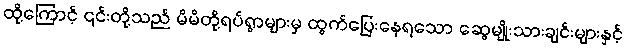
ထို့ကြောင့် ၎င်းတို့သည် မိမိတို့ရပ်ရွာများမှ ထွက်ပြေးနေရသော ဆွေမျိုးသားချင်းများနှင့်